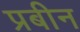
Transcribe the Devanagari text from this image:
प्रबीन